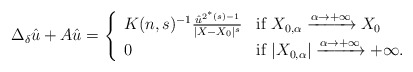
\begin{align*}\Delta_\delta\hat{u} + A\hat{u} = \left\{\begin{array}{lll}K(n,s)^{-1}\frac{\hat{u}^{2^*(s)-1}}{|X-X_0|^s} & {\rm if} \;X_{0,\alpha} \xrightarrow{\alpha\rightarrow+\infty} X_0 \hbox{}\\ 0 & {\rm if} \; |X_{0,\alpha}| \xrightarrow{\alpha\rightarrow+\infty} +\infty. \hbox{}\end{array}\right.\end{align*}